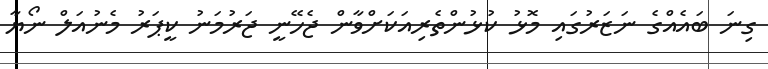
ގިނަ ބައެއްގެ ނަޒަރުގައި މޮޅު ކުޅުންތެރިއަކަށްވާން ޖެހޭނީ ޖަރުމަނު ކީޕަރު މެނުއަލް ނޯޔާ